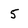
Character: 5